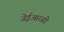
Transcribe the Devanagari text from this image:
जेईआरसी